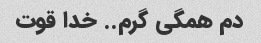
دم همگی گرم.. خدا قوت